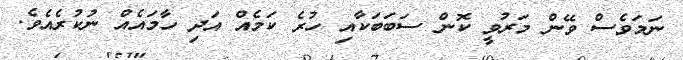
ނަމަވެސް ވޭން މަރުވީ ކޮން ސަބަބަކާއި ހުރެ ކަމެއް އަދި ހާމައެއް ނުކުރެއެވެ.